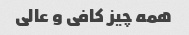
همه چیز کافی و عالی